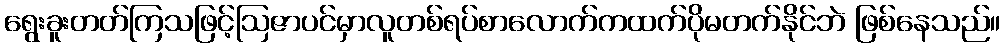
ရွေးခူးတတ်ကြသဖြင့်ဩဇာပင်မှာလူတစ်ရပ်စာလောက်ကထက်ပိုမတက်နိုင်ဘဲ ဖြစ်နေသည်။